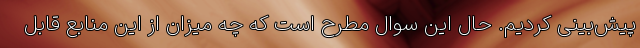
پیش‌بینی کردیم. حال این سوال مطرح است که چه میزان از این منابع قابل